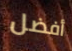
أفضل